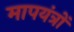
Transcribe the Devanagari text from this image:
मापयंत्रों